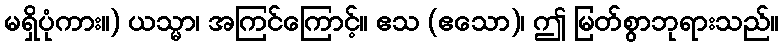
မရှိပုံကား။) ယသ္မာ၊ အကြင်ကြောင့်။ ဧသ (ဧသော)၊ ဤ မြတ်စွာဘုရားသည်။